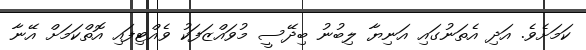
ކަމަށެވެ. އަދި އެތަނުގައި އަނިޔާ ލިބުނު ބިދޭސީ މުވައްޒަފަކު ވެއްޓިފައި އޮތްކަމަށް އޭނާ